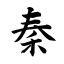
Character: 秦